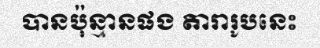
បានប៉ុន្មានផង តារារូបនេះ